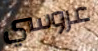
عروسي